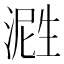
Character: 𬈤